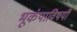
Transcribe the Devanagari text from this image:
भूकंपाविषयी